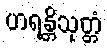
ဟရန္တိသုတ္တံ